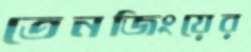
তেনজিংয়ের